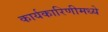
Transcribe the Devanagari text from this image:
कार्यकारिणीमध्ये